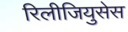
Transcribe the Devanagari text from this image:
रिलीजियुसेस